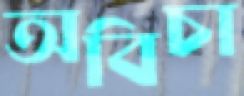
অবিচা